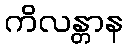
ကိလန္တာန